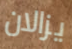
يزالان